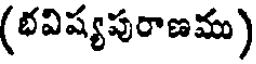
(భవిష్యపురాణము)